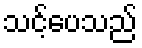
သင့်ပေသည်